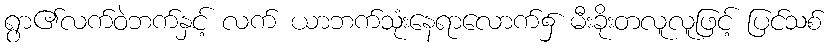
ရွာ၏လက်ဝဲဘက်နှင့် လက် ယာဘက်သုံးနေရာလောက်၌ မီးခိုးတလူလူဖြင့် ပြင်သစ်